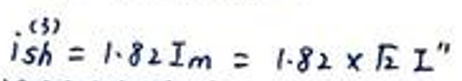
$i_{sh}=1.82I_{m}=1.82\times\sqrt{2}I''$